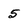
Character: 5